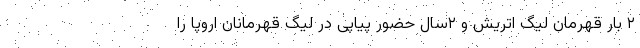
۲ بار قهرمان لیگ اتریش و ۲سال حضور پیاپی در لیگ قهرمانان اروپا را